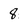
Character: 8